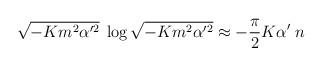
LaTeX: \begin{align*}\sqrt{-Km^2\alpha'^2}\;\log\sqrt{-Km^2\alpha'^2}\approx-\frac{\pi}{2}K\alpha'\;n\end{align*}